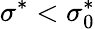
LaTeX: \sigma^{*}<\sigma_{0}^{*}